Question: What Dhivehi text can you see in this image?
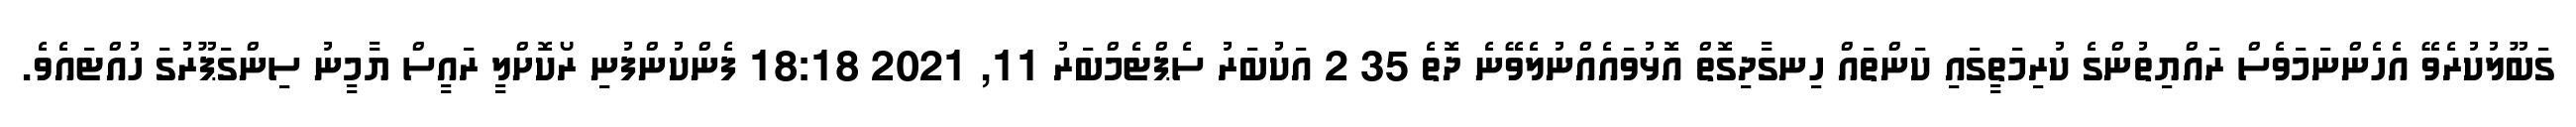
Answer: ގަބޫލުކުރެވޭ އެހެންނަމަވެސް ރައްޔިތުންގެ ކުރިމަތީގައި ކަންތައް ހިނގާދިގޮތް އޮޅުވައެއްނުލެވޭނެ ދޮތެ 35 2 އަކުބަރު ސެޕްޓެމްބަރު 11, 2021 18:18 ފެންކުންފުނި ރޯކޮށްލީ ރައީސް ޔާމީނު ސިންގަޕޫރުގަ ހުއްޓައެވެ.